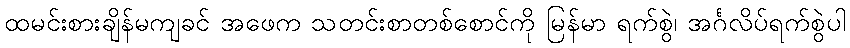
ထမင်းစားချိန်မကျခင် အဖေက သတင်းစာတစ်စောင်ကို မြန်မာ ရက်စွဲ၊ အင်္ဂလိပ်ရက်စွဲပါ